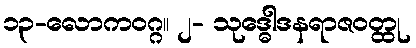
၁၃-လောကဝဂ္ဂ။ ၂- သုဒ္ဓေါဒနရာဇဝတ္ထု